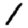
Digit: 1